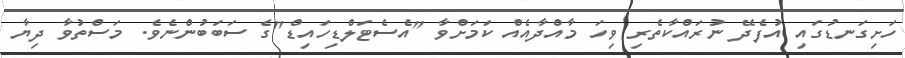
ހަށިގަނޑުގައި އުފެދޭ ނުރައްކާތެރި ވިހަ މާއްދާއެއް ކަމަށްވާ "އެސެޓަލްޑިހައިޑް"ގެ ސަބަބުންނެވެ. މަސްތުވާ ދިޔާ